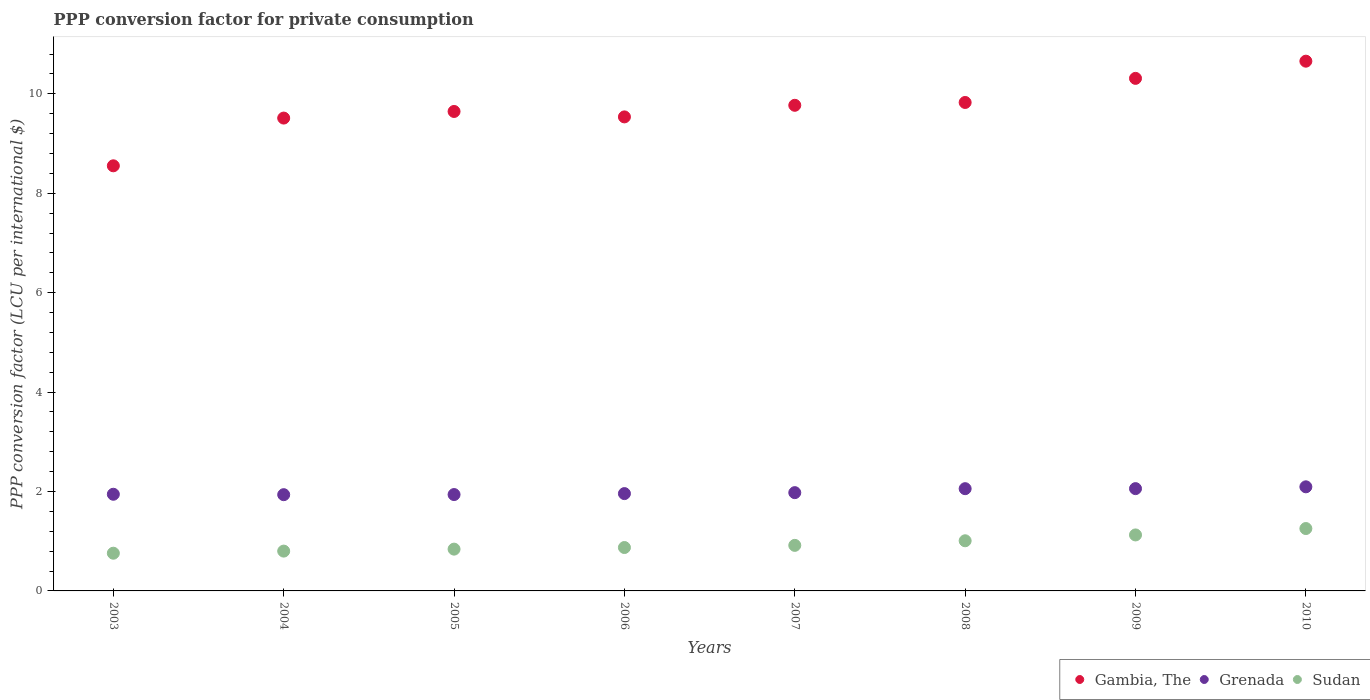
| Years | Gambia, The | Grenada | Sudan |
 | --- | --- | --- | --- |
 | 2003 | 8.55 | 1.94 | 0.759 |
 | 2004 | 9.51 | 1.94 | 0.801 |
 | 2005 | 9.65 | 1.94 | 0.841 |
 | 2006 | 9.54 | 1.96 | 0.873 |
 | 2007 | 9.77 | 1.98 | 0.916 |
 | 2008 | 9.83 | 2.06 | 1.01 |
 | 2009 | 10.3 | 2.06 | 1.13 |
 | 2010 | 10.7 | 2.09 | 1.25 |